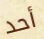
أحد